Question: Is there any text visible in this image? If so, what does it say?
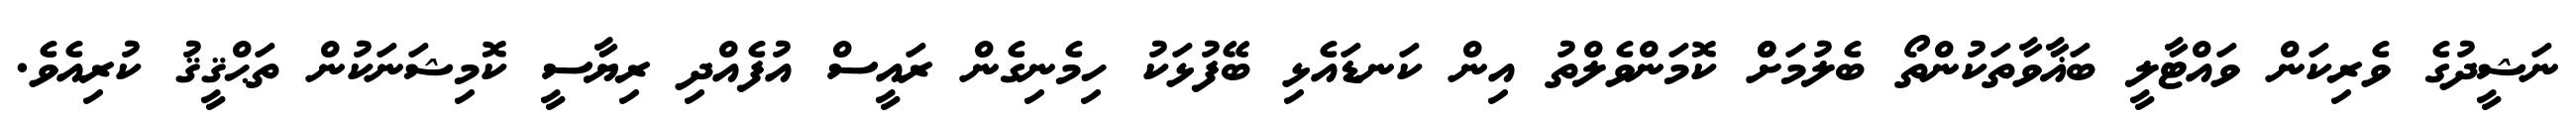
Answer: ނަޝީދުގެ ވެރިކަން ވައްޓާލީ ބަޣާވާތަކުންތޯ ބެލުމަށްް ކޮމަންވެލްތު އިން ކަނޑައެޅި ބޭފުޅަކު ހިމެނިގެން ރައީސް އުފެއްދި ރިޔާސީ ކޮމިޝަނަކުން ތަޙްޤީޤު ކުރިއެވެ.